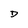
Character: D